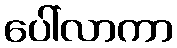
ပေါ်လာကာ